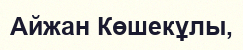
Айжан Көшекұлы,